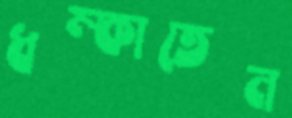
ধম্‌কাতেন